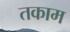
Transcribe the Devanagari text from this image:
तकाम